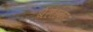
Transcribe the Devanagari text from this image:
बैलांवर